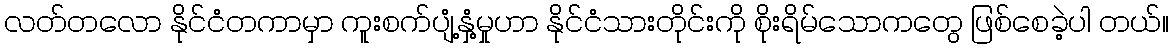
လတ်တလော နိုင်ငံတကာမှာ ကူးစက်ပျံ့နှံ့မှုဟာ နိုင်ငံသားတိုင်းကို စိုးရိမ်သောကတွေ ဖြစ်စေခဲ့ပါ တယ်။